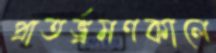
প্রাতর্ভ্রমণকালে